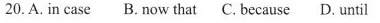
20. A. in case B. now that C. becaus D. until